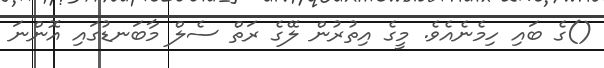
()ގެ ބައި ހިމެނެއެވެ. މީގެ އިތުރުން ލޭގެ ރަތް ސެލް މާބަނޑުގައި އޮންނަ